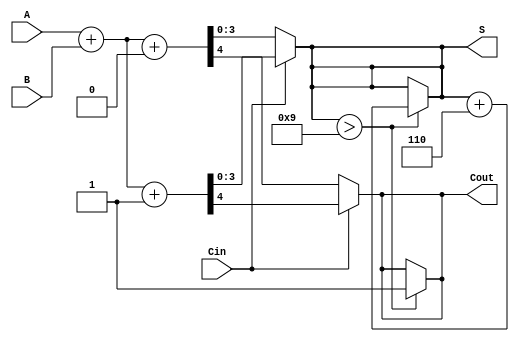
module BCD_MCSA (
    input [3:0] A,  // BCD Input A
    input [3:0] B,  // BCD Input B
    input Cin,      // Carry-in
    output [3:0] S, // BCD Sum
    output Cout     // Carry-out
);

    wire [4:0] sum0;  // Sum with Cin = 0 (5 bits for carry out)
    wire [4:0] sum1;  // Sum with Cin = 1 (5 bits for carry out)
    wire [4:0] corrected_sum; // Corrected sum
    wire cout0;      // Carry out for Cin = 0
    wire cout1;      // Carry out for Cin = 1

    // Initial additions
    assign sum0 = A + B + 4'b0000; // Assuming Cin = 0
    assign sum1 = A + B + 4'b0001; // Assuming Cin = 1

    // Determine carry outs
    assign cout0 = sum0[4]; // Detect carry out for Cin = 0
    assign cout1 = sum1[4]; // Detect carry out for Cin = 1

    // Select sum and carry based on Cin
    assign S = (Cin) ? sum1[3:0] : sum0[3:0];
    assign Cout = (Cin) ? cout1 : cout0;

    // BCD correction logic
    wire [3:0] corrected_S;
    wire add_correction = (S > 4'b1001); // Check if sum exceeds 9

    assign corrected_S = add_correction ? (S + 4'b0110) : S; // Add 6 if correction needed

    // Final outputs
    assign S = corrected_S; // Output the corrected sum
    assign Cout = (add_correction) ? 1'b1 : Cout; // Final carry out

endmodule